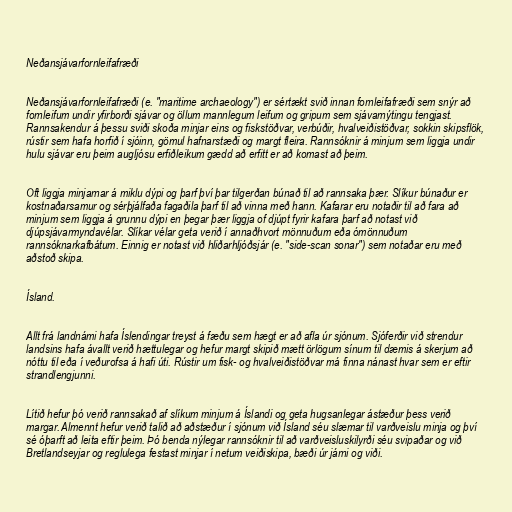
Neðansjávarfornleifafræði

Neðansjávarfornleifafræði (e. "maritime archaeology") er sértækt svið innan fornleifafræði sem snýr að
fornleifum undir yfirborði sjávar og öllum mannlegum leifum og gripum sem sjávarnýtingu tengjast.
Rannsakendur á þessu sviði skoða minjar eins og fiskstöðvar, verbúðir, hvalveiðistöðvar, sokkin skipsflök,
rústir sem hafa horfið í sjóinn, gömul hafnarstæði og margt fleira. Rannsóknir á minjum sem liggja undir
hulu sjávar eru þeim augljósu erfiðleikum gædd að erfitt er að komast að þeim.

Oft liggja minjarnar á miklu dýpi og þarf því þar tilgerðan búnað til að rannsaka þær. Slíkur búnaður er
kostnaðarsamur og sérþjálfaða fagaðila þarf til að vinna með hann. Kafarar eru notaðir til að fara að
minjum sem liggja á grunnu dýpi en þegar þær liggja of djúpt fyrir kafara þarf að notast við
djúpsjávarmyndavélar. Slíkar vélar geta verið í annaðhvort mönnuðum eða ómönnuðum
rannsóknarkafbátum. Einnig er notast við hliðarhljóðsjár (e. "side-scan sonar") sem notaðar eru með
aðstoð skipa.

Ísland.

Allt frá landnámi hafa Íslendingar treyst á fæðu sem hægt er að afla úr sjónum. Sjóferðir við strendur
landsins hafa ávallt verið hættulegar og hefur margt skipið mætt örlögum sínum til dæmis á skerjum að
nóttu til eða í veðurofsa á hafi úti. Rústir um fisk- og hvalveiðistöðvar má finna nánast hvar sem er eftir
strandlengjunni.

Lítið hefur þó verið rannsakað af slíkum minjum á Íslandi og geta hugsanlegar ástæður þess verið
margar. Almennt hefur verið talið að aðstæður í sjónum við Ísland séu slæmar til varðveislu minja og því
sé óþarft að leita eftir þeim. Þó benda nýlegar rannsóknir til að varðveisluskilyrði séu svipaðar og við
Bretlandseyjar og reglulega festast minjar í netum veiðiskipa, bæði úr járni og viði.